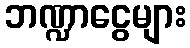
ဘဏ္ဍာငွေများ